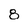
Character: 8